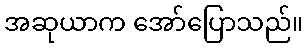
အဆုယာက အော်ပြောသည်။